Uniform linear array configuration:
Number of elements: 24
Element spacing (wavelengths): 0.5
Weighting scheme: hamming
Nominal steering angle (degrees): -60
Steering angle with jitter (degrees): -59.494
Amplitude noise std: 0.05
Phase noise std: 0.05

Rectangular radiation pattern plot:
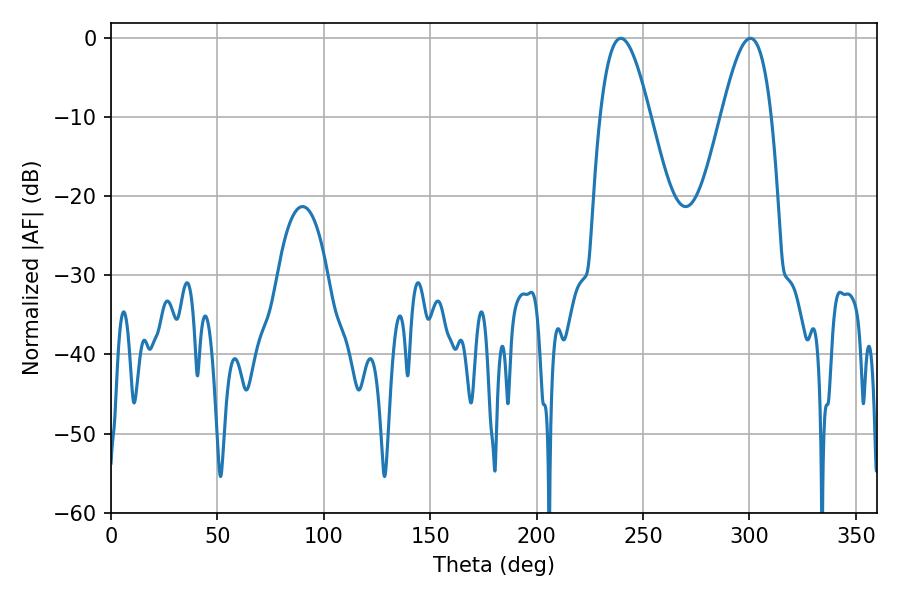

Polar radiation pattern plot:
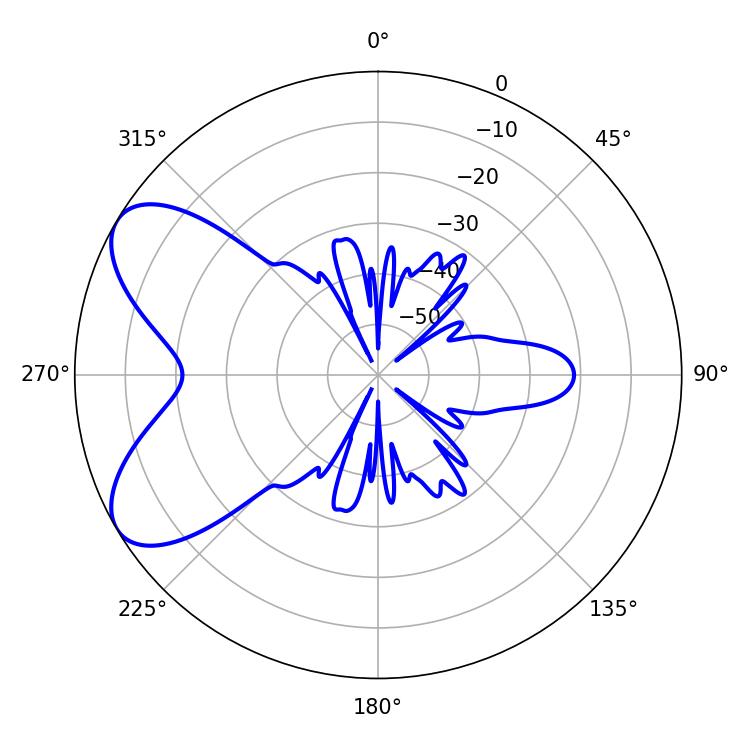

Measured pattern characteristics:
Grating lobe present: FALSE
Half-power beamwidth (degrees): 12.78
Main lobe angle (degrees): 300.42